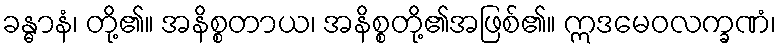
ခန္ဓာနံ၊ တို့၏။ အနိစ္စတာယ၊ အနိစ္စတို့၏အဖြစ်၏။ ဣဒမေဝလက္ခဏံ၊